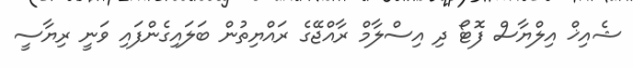
ޝެއިޚް އިލްޔާސް ފޮޓޯ ދި އިސްލާމް ރާއްޖޭގެ ރައްޔިތުން ބަލައިގެންފައި ވަނީ ރިޔާސީ